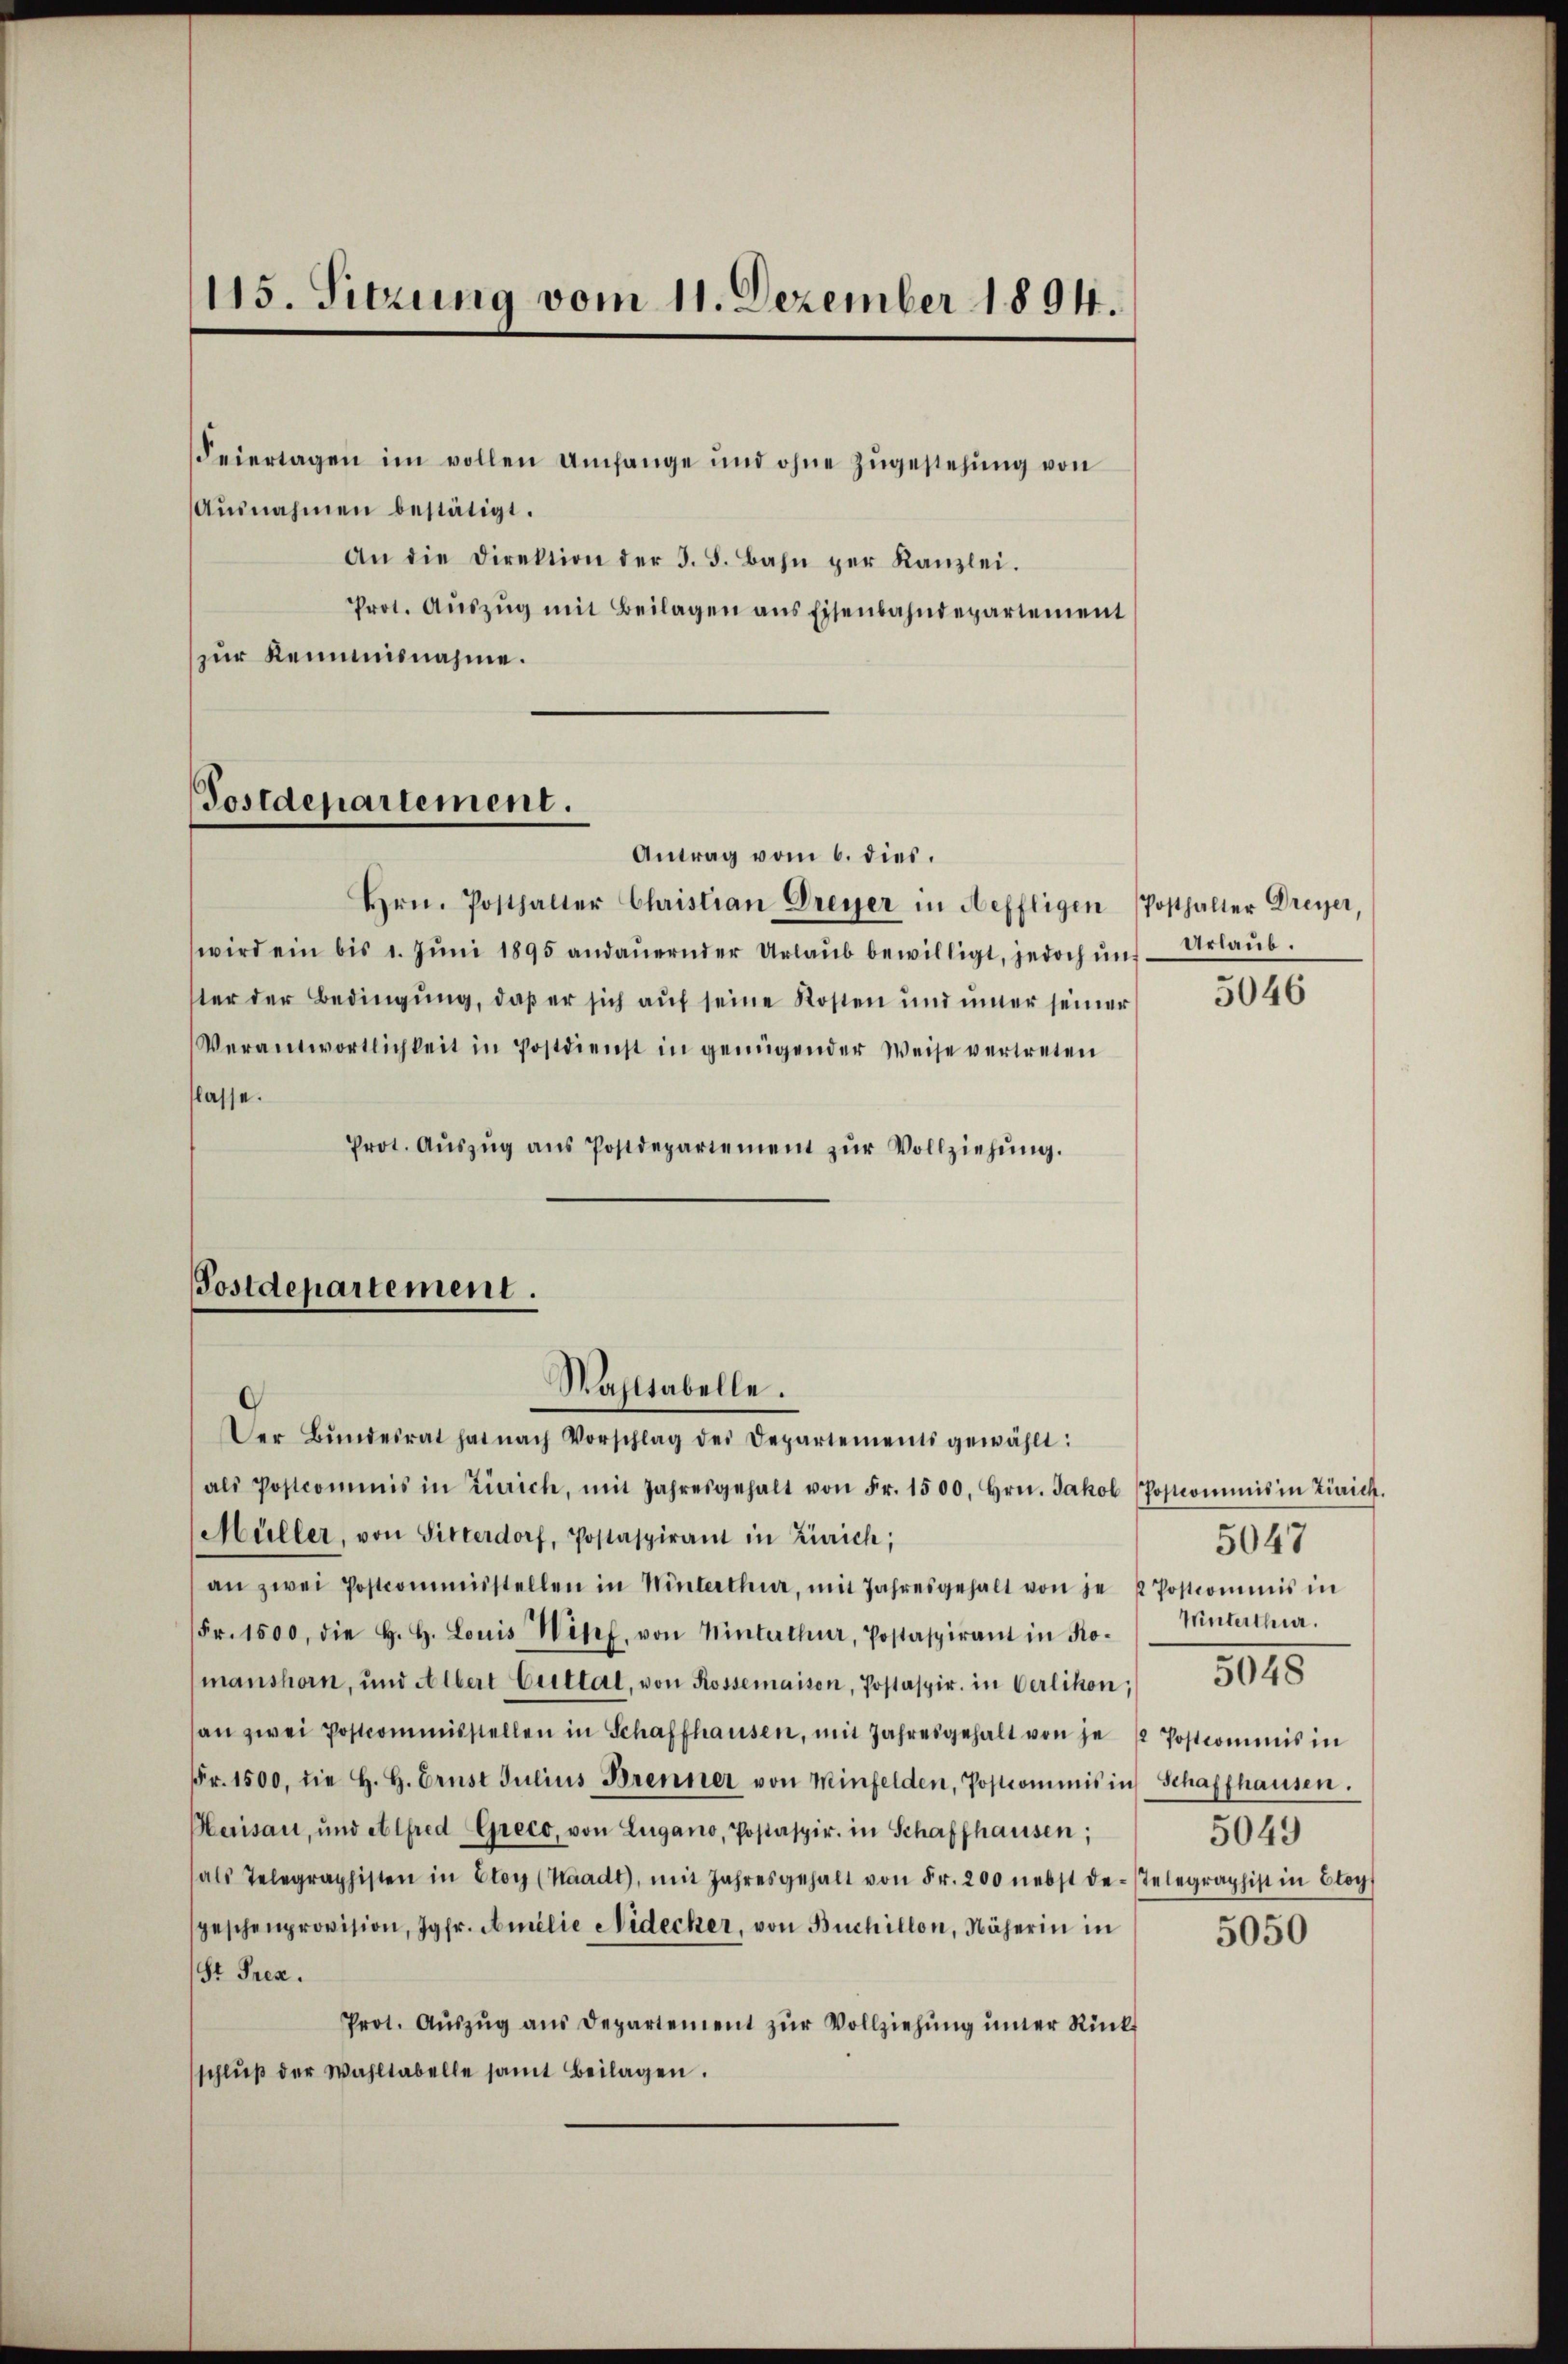
115. Sitzung vom 11. Dezember 1894.

Feiertagen im vollen Umfange und ohne zugestehung von
Aŭsnahmen bestätigt.
An die Direktion der 3. 5. Bahn per Kanzlei.
Prot. Aŭszŭg mit Beilagen ans Eisenbahndepartement
zur Reimnisnahme.

Antrag vom 6. dies.
Hrn. Posthalter Christian Dreyer in Heffligen (Posthalter Dreyer,
wird ein bis 1. Jŭni 1895 andaŭernder Urlaŭb bewilligt, jedoch uns - Urlaub.
ster der Bedingung, daß er sich auf seine Kosten und iner seiner
Verantwortlichkeit in Postdienst in genügender Weise vertreten
lasse.
Prot. Aŭszŭg aŭs Postdepartement zŭr Vollziehŭng.
Postdepartement.

Postdepartement.

Wahltabelle.

Der Bŭndesrat hat nach Vorschlag der Departements gewählt:
als Postcommis in Zürich, mit Jahresgehalt von Fr. 1500. Hrn. Jakob (Postcommis in Zürich.
Müller, von Sitterdorf, Postaspirant in Zürich;
an zwei Postcommisstellen in Winterthur, mit Jahresgehalt von je 2 Postcommis in
Fr. 1500, die H. H. Louis Wipf, von Winterthur, Postaspirant in Ko-
manshorn, und Albert Cultat, von Rossemaison, Postaspir. in Verlikon;
an zwei Postcommisstellen in Schaffhausen, mit Jahresgehalt von je / Postcommis in
Fr. 1500. die H. H. Ernst Julius Brenner von Minfelden, Postcommis in Schaffhausen.
Herisau, und Alfred Greco, von Lugano, Postaspir. in Schaffhausen;
als Telegraphisten in Eloy (Waadt, mit Jahresgehalt von Fr. 200 nebst de-Telegraphist in Eloy
speschenprovision, Jgfr. Amilie Nidecker, von Büchillon, Näherin in
Sr Prez.
Prot. Aŭszŭg ans Departement zŭr Vollziehŭng ŭnter Rück-
schlŭβ der Wahltabelle samt Beilagen.

5046

5047
Unterthur.
5049

5045

5050